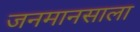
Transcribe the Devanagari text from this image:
जनमानसाला